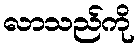
လာသည်ကို